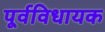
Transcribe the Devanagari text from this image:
पूर्वविधायक